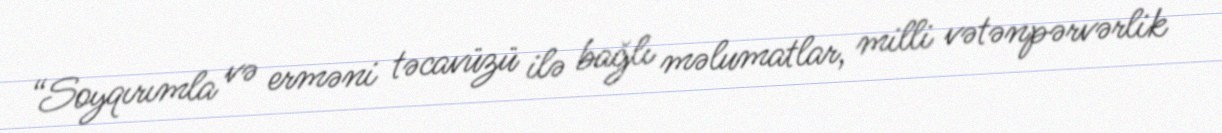
“Soyqırımla və erməni təcavüzü ilə bağlı məlumatlar, milli vətənpərvərlik